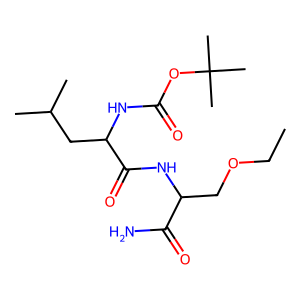
SMILES: CCOCC(NC(=O)C(CC(C)C)NC(=O)OC(C)(C)C)C(N)=O
Inhibits HIV replication: No